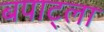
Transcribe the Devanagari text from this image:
बपाट्ला